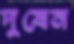
দুষেন